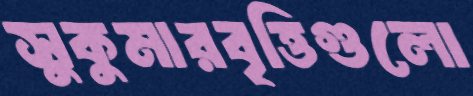
সুকুমারবৃত্তিগুলো